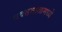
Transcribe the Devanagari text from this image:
यवतमाळमध्ये